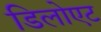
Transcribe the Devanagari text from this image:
डिलोएट